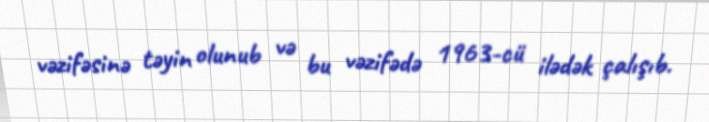
vəzifəsinə təyin olunub və bu vəzifədə 1963-cü ilədək çalışıb.